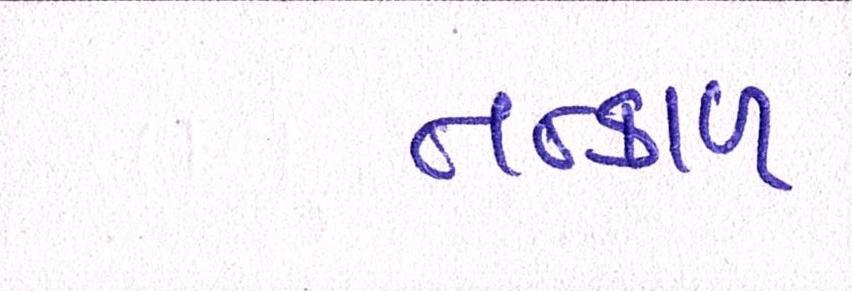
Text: તત્કાળ